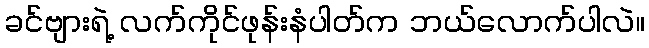
ခင်ဗျားရဲ့ လက်ကိုင်ဖုန်းနံပါတ်က ဘယ်လောက်ပါလဲ။